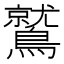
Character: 鷲